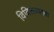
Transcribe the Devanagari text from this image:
विविक्तावस्था